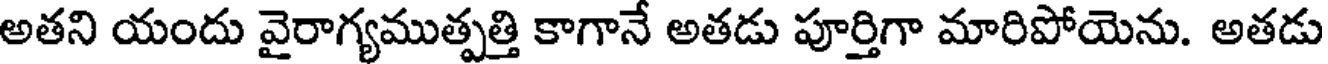
అతని యందు వైరాగ్యముత్పత్తి కాగానే అతడు పూర్తిగా మారిపోయెను. అతడు